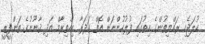
ކުލަޖެހި ރައްޔިތުންގެ ހިތުގައި ފުލުހުންނަށް އޮތް ގަދަރާ އިހްތިރާމް އަދި ޤާނޫނުގެ ތަންފީޒީ